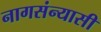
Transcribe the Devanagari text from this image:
नागसंन्यासी